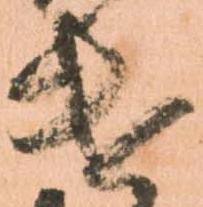
遣